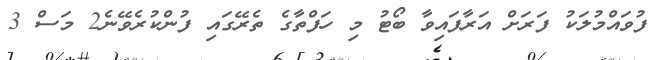
ފުވައްމުލަކު ފަރަށް އަރާފައިވާ ބޯޓު މި ހަފްތާގެ ތެރޭގައި ފުންކުރެވޭނެ2 މަސް 3